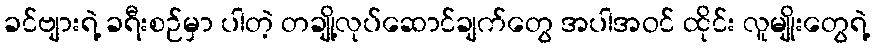
ခင်ဗျားရဲ့ ခရီးစဉ်မှာ ပါတဲ့ တချို့လုပ်ဆောင်ချက်တွေ အပါအဝင် ထိုင်း လူမျိုးတွေရဲ့